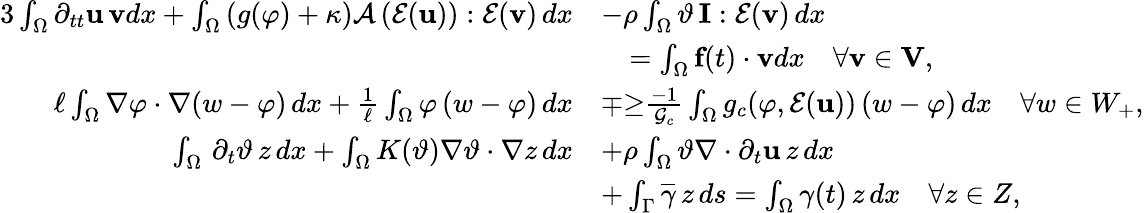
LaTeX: \begin{array}{rl}{{3}\int_{\Omega}\partial_{tt}\textbf{u}\, \textbf{v}dx+\int_{\Omega}\left(g(\varphi)+\kappa\right)\mathcal{A}\left(\mathcal{E}(\textbf{u})\right):\mathcal{E}(\textbf{v})\, dx}&{-\rho\int_{\Omega}\vartheta\, \textbf{I}:\mathcal{E}(\textbf{v})\, dx}\\ &{\quad=\int_{\Omega}\textbf{f}(t)\cdot\textbf{v}dx\quad\forall\textbf{v}\in\textbf{V},}\\ {{\ell\int_{\Omega}\nabla\varphi\cdot\nabla(w-\varphi)\, dx+\frac{1}{\ell}\int_{\Omega}\varphi\, (w-\varphi)\, dx}}&{\mp{\ge}\frac{-1}{\mathcal{G}_{c}}\int_{\Omega}g_{c}(\varphi,\mathcal{E}(\textbf{u}))\, (w-\varphi)\, dx\quad\forall w\in W_{+},}\\ {\int_{\Omega}\, \partial_{t}\vartheta\, z\, dx+\int_{\Omega}K(\vartheta)\nabla\vartheta\cdot\nabla z\, dx}&{+\rho\int_{\Omega}\vartheta\nabla\cdot\partial_{t}\textbf{u}\, z\, dx}\\ &{+\int_{\Gamma}\overline{{\gamma}}\, z\, ds=\int_{\Omega}\gamma(t)\, z\, dx\quad\forall z\in Z,}\end{array}